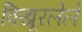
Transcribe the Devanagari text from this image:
विखूरलेले